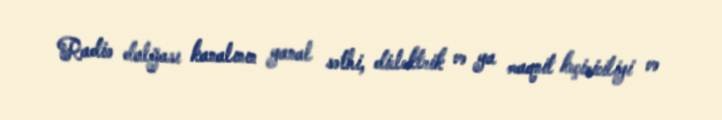
Radio dalğası kanalının yanal səthi, dielektrik və ya maqnit keçiriciliyi və